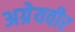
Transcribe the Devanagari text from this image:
अग्रेयवीर